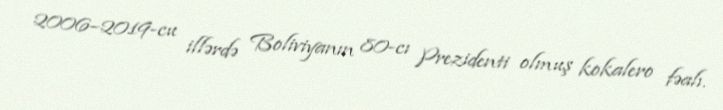
2006–2019-cu illərdə Boliviyanın 80-cı Prezidenti olmuş kokalero fəalı.